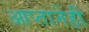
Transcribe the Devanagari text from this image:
आप्तानेही